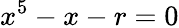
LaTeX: x^{5}-x-r=0